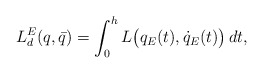
\begin{align*}L^E_d(q,\bar q) = \int_0^h L\big( q_{E}(t), \dot q_{E}(t)\big)\,dt,\end{align*}